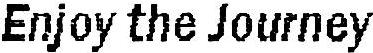
ENJOY THE JOURNEY